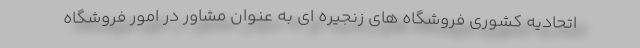
اتحادیه کشوری فروشگاه های زنجیره ای به عنوان مشاور در امور فروشگاه